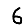
Digit: 6